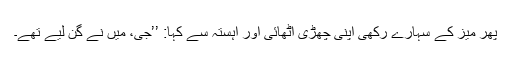
پھر میز کے سہارے رکھی اپنی چھڑی اٹھائی اور آہستہ سے کہا: ’’جی، میں نے گن لیے تھے۔